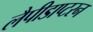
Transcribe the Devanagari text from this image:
लैपीडाप्टरन